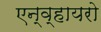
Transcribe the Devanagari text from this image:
एन्व्हायरो